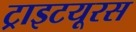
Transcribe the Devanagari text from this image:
ट्राइटयूरस